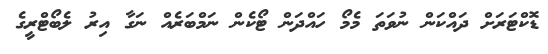
ޑޮކްޓަރަށް ދައްކަން ނުވަތަ މެމޯ ހައްދަން ޓޯކެން ނަމްބަރެއް ނަގާ އިރު ލެބޯޓްރީގެ